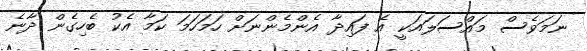
ނަމަވެސް މައްސަލައަކީ އެ ފައިދާ އެންމެންނަށް ހަމަހަމަ ކަމާ އެކު ބެހިގެން ދާނެ